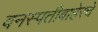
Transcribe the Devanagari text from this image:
वनस्पतीबाहेरचे